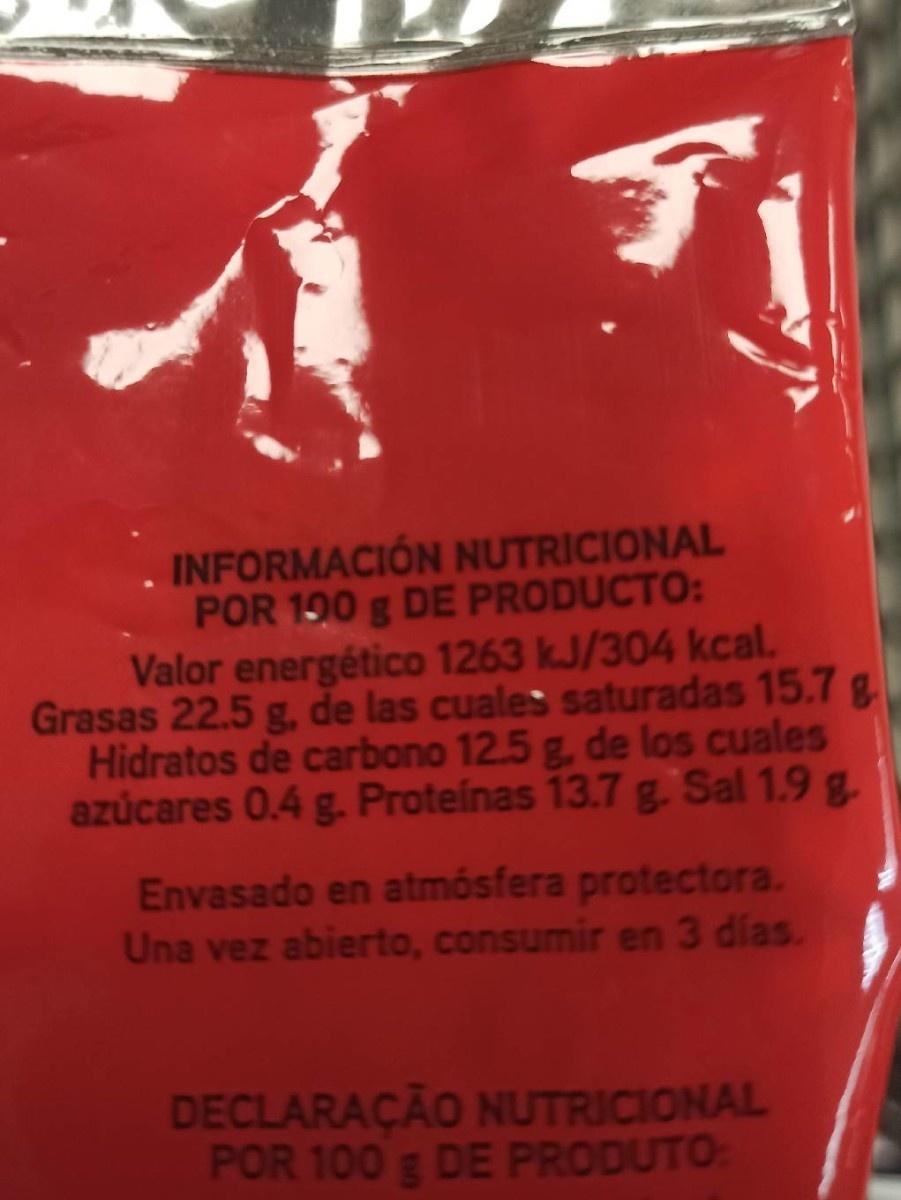
. INFORMACIÓN NUTRICIONAL POR 190 g DE PRODUCTO: Valor energético 1263 kJ/304 kcal. Grasas 22.5 g, de las cuales saturadas 15.7 Hidratos de carbono 12.5 g, de los cuales azúcares 0.4 g. Proteinas 13.7 g. Sal 1.9 g.
Envasado en atmósfera protectora. Una vez abierto, consumir en 3 días.
DECLARAÇÃO NUTRICIONAL POR 100 g DE PRODUTO: